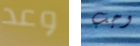
وعد وجب